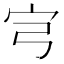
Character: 宆